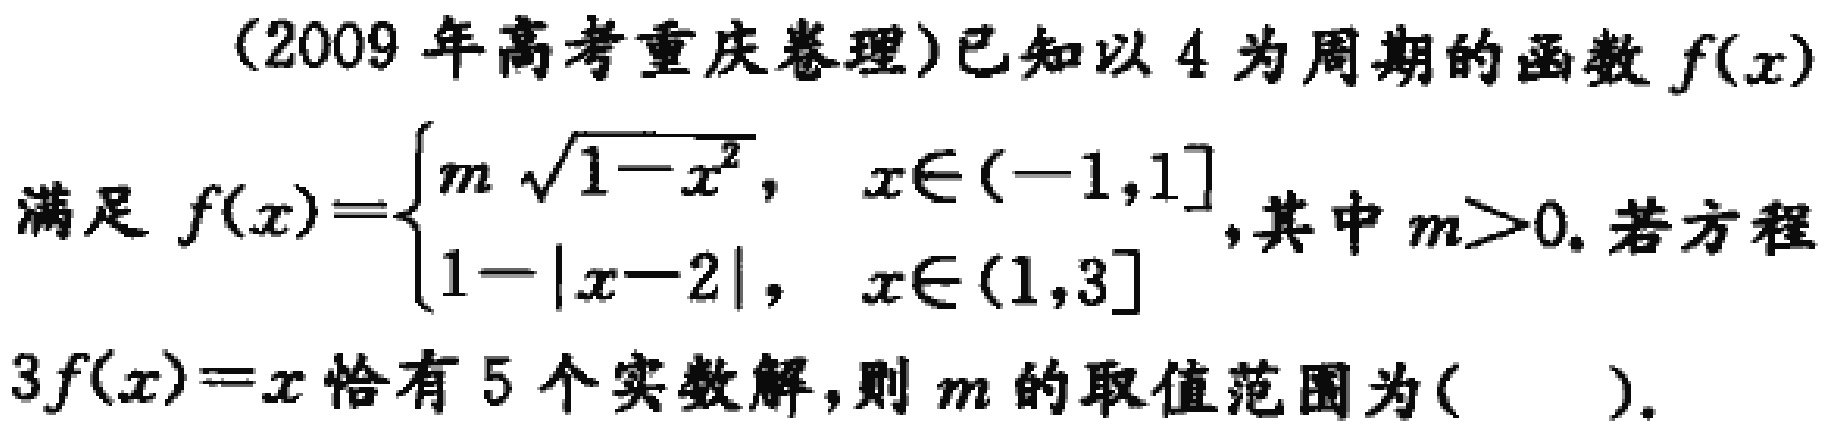
(2009年高考重庆卷理)已知以4为周期的函数\(f(x)\)满足\(f(x)=\begin{cases}m\sqrt{1 - x^{2}}, & x\in(-1,1]\\1 - |x - 2|, & x\in(1,3]\end{cases}\),其中\(m > 0\).若方程\(3f(x)=x\)恰有5个实数解，则\(m\)的取值范围为(  ).